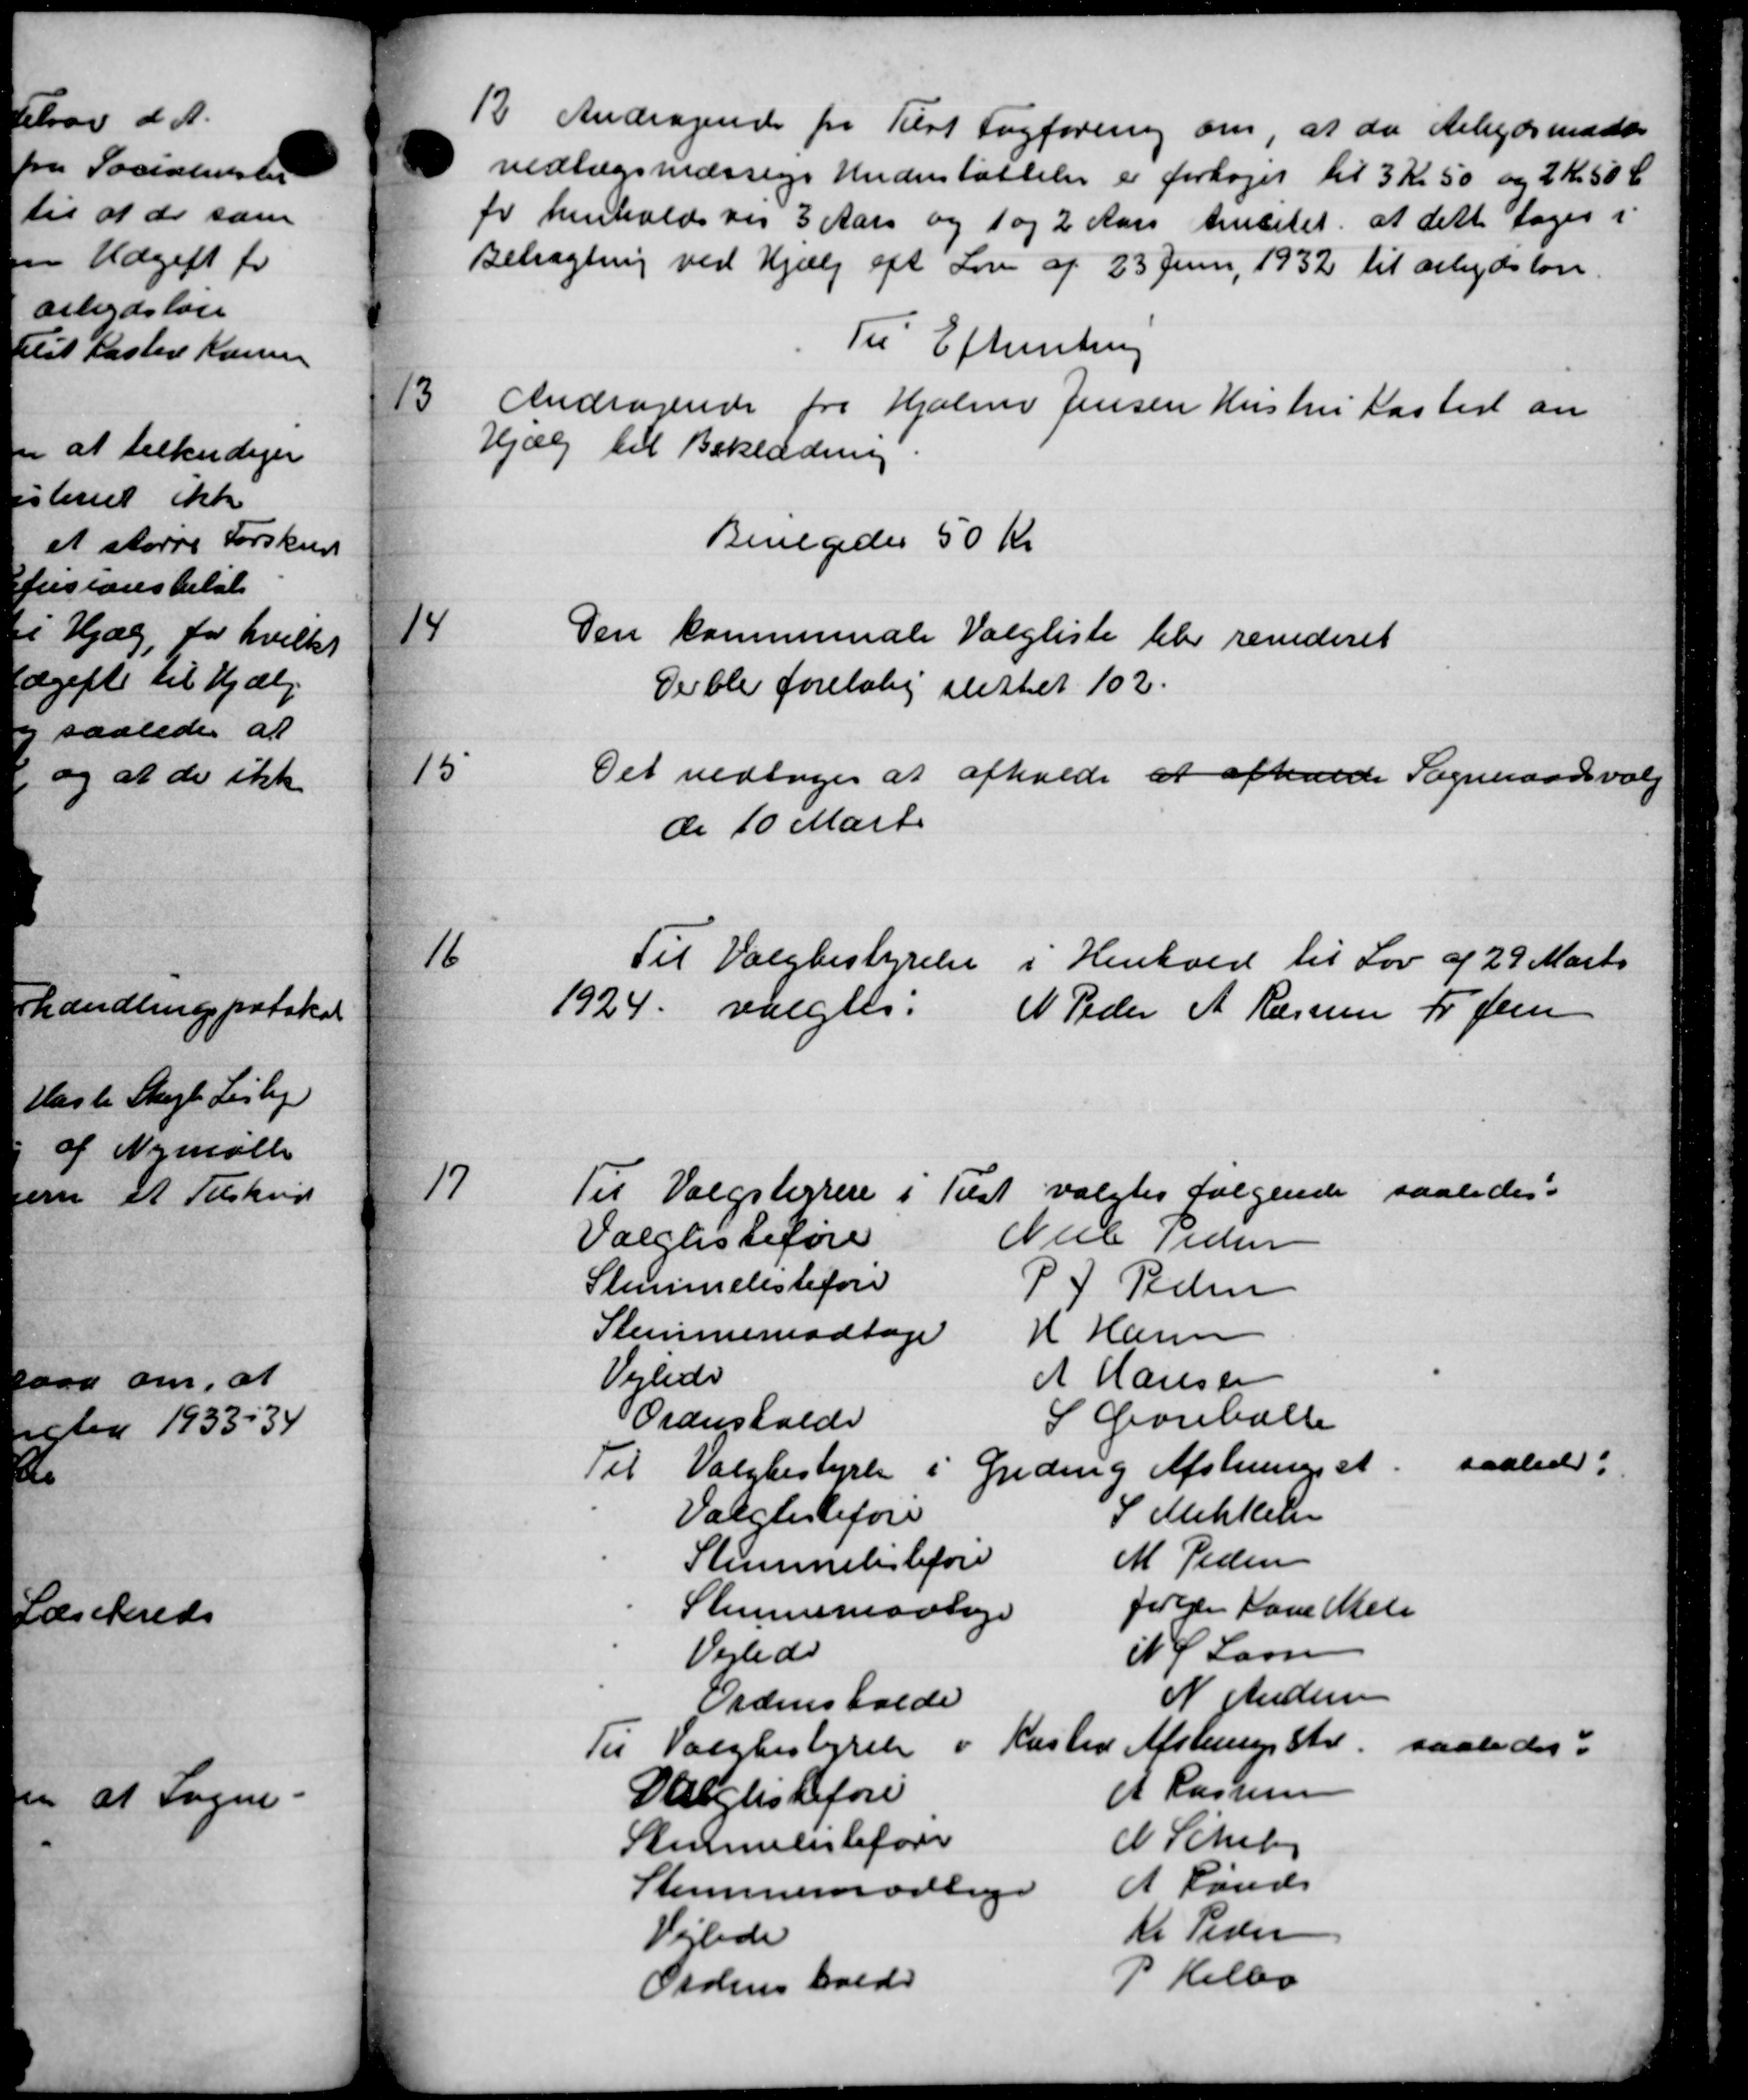
Transskription:
12.
Andragende fra Tilst Fagforening om, at da Arbejdsmand
vedlægsmæssige Understøttelse er forhøjes til 3 Kr. 50 og 2 Kr. 50 Ør
for henholdsvis 3 Aars og 1 og 2 Aars Amtetet, at dette tages i
Betragtning ved Hjælp eft Lov af 23 Juni 1932 til arbejdsløse.
Til Efterretning
13
Andragende fra Hjalmer Jensen Hustru Kaster an
hjælp til Beklædning
Bevilgedes 50 Kr
14
Den kommunale Valgliste blev revideret
Der blev foreløbig slettet 102.
Det vedtoges at afholde at afholde Sogneraadsvalg
15
de 10 Marts
Til Valgbestyrelse i Henhold til Lov af 29 Marts
16
1924 valgtes:
N Peder A. Rasmus Fr. Jensen
17
Til Valgsterere 1 Tit valgtes følgende saaledes:
Valglisteføre Niels Peder
Stemmelisteføre P J Peder
Stemmemodtage H Hansen
Vejlede N Hansen
Ordnsholde S Gorballe
saaledes:
Til Valgbestyrelse 5 Greding Afstning et
Valglisteføre S Mikkelsen
Stemmelisteføre M Peder
Stemmemaalige følgen Kartelse
Vejledes N J Larsen
Ordensholde N Andersen
Til Valgbestyrelse i Haslev Afstem stil saaledes.
Valglisteføre A Rasmus
Stemmelisteføre N. Scheby
Stemmermodlige A Rande
Vejlede Kr. Peder
Ordens holde P. Helbo